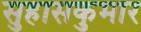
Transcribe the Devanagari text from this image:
सुहासकुमार